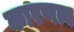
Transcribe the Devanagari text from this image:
कारणत्व